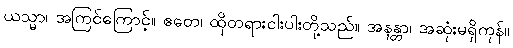
ယသ္မာ၊ အကြင်ကြောင့်။ ဧတေ၊ ထိုတရားငါးပါးတို့သည်။ အနန္တာ၊ အဆုံးမရှိကုန်။